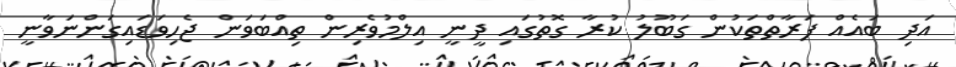
އަދި ބައެއް ފަރާތްތަކުން ގަބޫލު ކުރާ ގޮތުގައި ދީނީ އިލްމުވެރިން ތިއްބަވަން ޖެހިވަޑައިގަންނަވާނީ